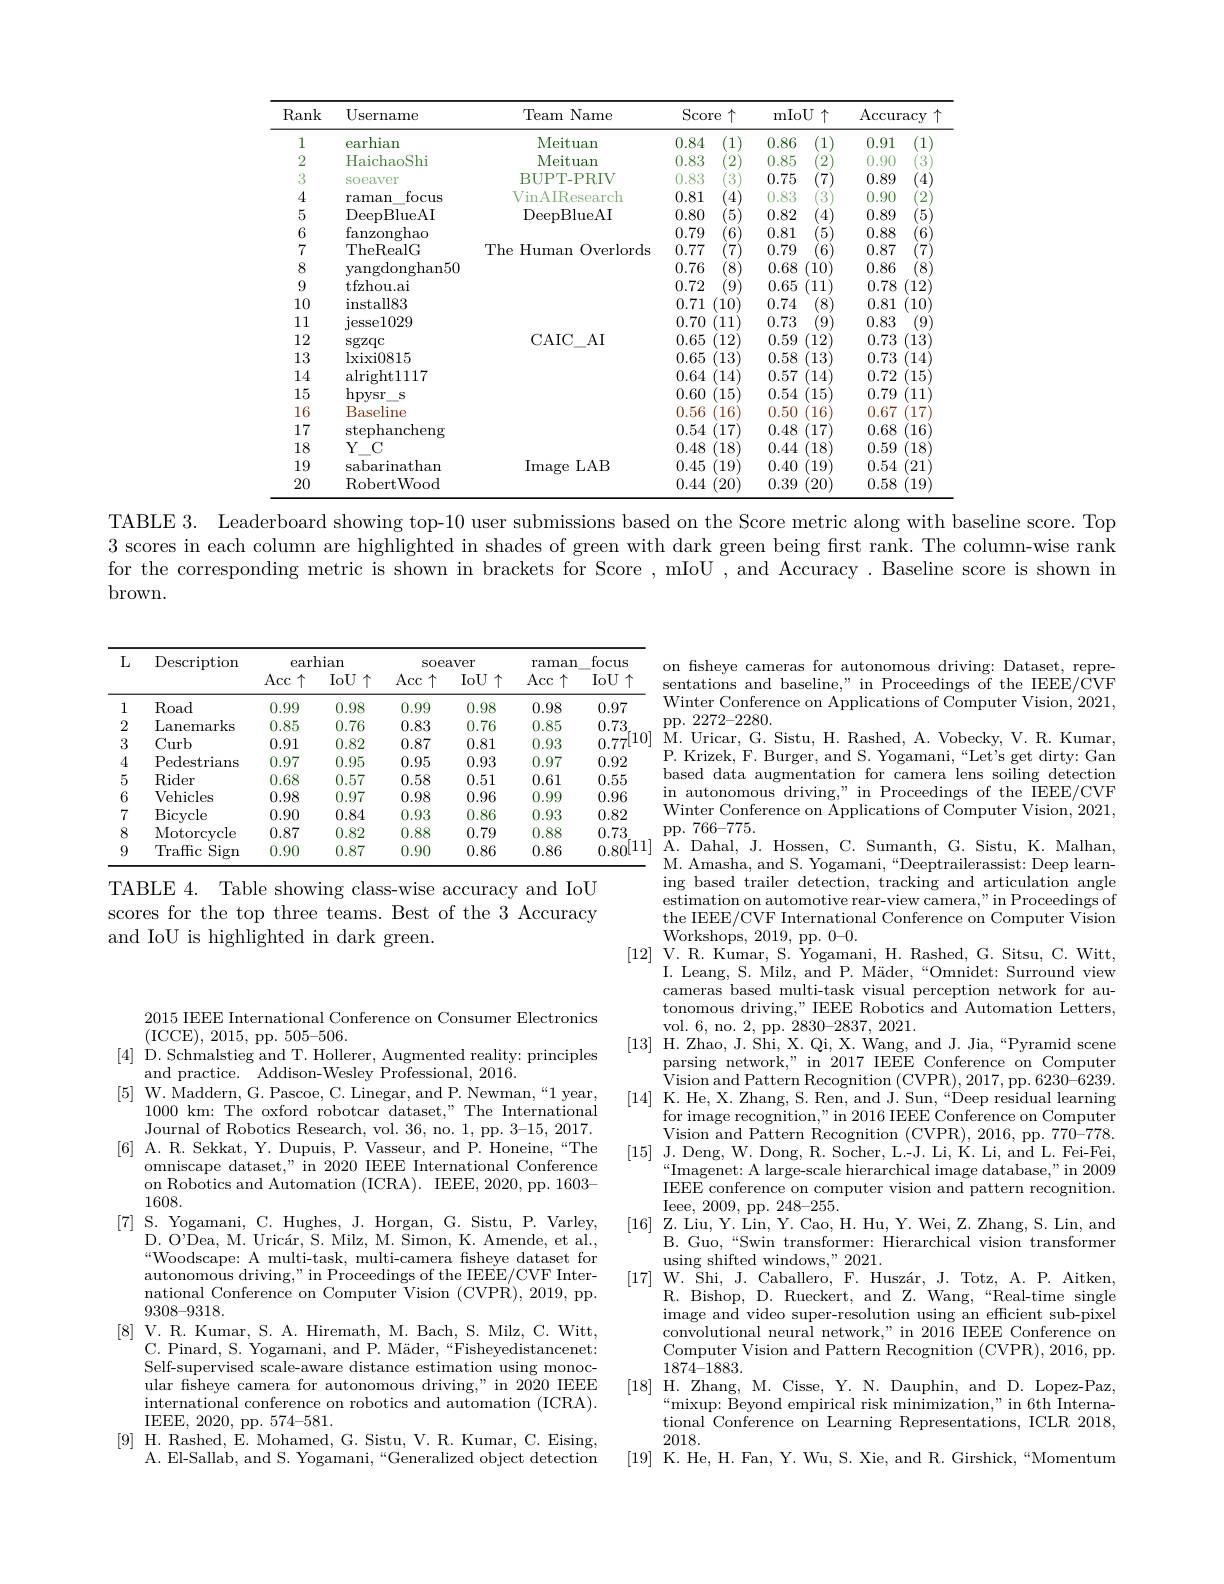
<table>
	<tbody>
		<tr>
			<th rowspan="2">Rank 1</th>
			<th rowspan="2">Username earhian</th>
			<th rowspan="2">${\mathrm{Name}}$ Team Meituan</th>
			<th>$\operatorname{Score}$ $\uparrow$</th>
			<th> </th>
			<th rowspan="1">mIoU $\uparrow$</th>
			<th colspan="2">$\operatorname{Accuracy}$</th>
		</tr>
		<tr>
			<th>0.84 (1</th>
			<th>0</th>
			<th>;6 1</th>
			<th>0.91</th>
			<th>1 </th>
		</tr>
		<tr>
			<td>2</td>
			<td>HaichaoShi</td>
			<td>Meituan</td>
			<td>0.83 2</td>
			<td> 1</td>
			<td>35 2</td>
			<td>0.90</td>
			<td>3</td>
		</tr>
		<tr>
			<td>3</td>
			<td>SOeaver</td>
			<td>BUPT-PRIV</td>
			<td>0.83 3</td>
			<td>0</td>
			<td>$'5$</td>
			<td>0.89</td>
			<td>$^{\prime}4$</td>
		</tr>
		<tr>
			<td>4</td>
			<td>focus raman</td>
			<td>VinAIResearch</td>
			<td>0.81 4</td>
			<td>0</td>
			<td>33 3</td>
			<td>0.90</td>
			<td>2</td>
		</tr>
		<tr>
			<td>5</td>
			<td>DeepBlueAI</td>
			<td>DeepBlueAI</td>
			<td>0.80 5</td>
			<td>0</td>
			<td>4 ;2</td>
			<td>0.89</td>
			<td></td>
		</tr>
		<tr>
			<td></td>
			<td>fanzonghao</td>
			<td> </td>
			<td>0.79 </td>
			<td> </td>
			<td>;1</td>
			<td>0.88</td>
			<td>6</td>
		</tr>
		<tr>
			<td>7</td>
			<td>TheRealG</td>
			<td>The Overlords eHuman</td>
			<td>0.77 </td>
			<td>0</td>
			<td>$'9$</td>
			<td>0.87</td>
			<td>7</td>
		</tr>
		<tr>
			<td>8</td>
			<td>vangdonghan50</td>
			<td> </td>
			<td>0.76 8</td>
			<td> </td>
			<td>$10^{\prime}$ $i8$</td>
			<td>0.86</td>
			<td>8</td>
		</tr>
		<tr>
			<td>9</td>
			<td>tfzhou.ai</td>
			<td> </td>
			<td>0.72 9</td>
			<td> </td>
			<td>$j5$ 11</td>
			<td>0.78</td>
			<td>$12^{\cdot}$</td>
		</tr>
		<tr>
			<td>10</td>
			<td>install83</td>
			<td> </td>
			<td>0.71 (10</td>
			<td>0</td>
			<td>$\dot{4}$ $\aleph$</td>
			<td>0.81</td>
			<td>$10^{\cdot}$</td>
		</tr>
		<tr>
			<td>11</td>
			<td>iesse1029</td>
			<td> </td>
			<td>0.70 11</td>
			<td>0</td>
			<td>$'3$</td>
			<td>0.83</td>
			<td>9</td>
		</tr>
		<tr>
			<td>12</td>
			<td>$\operatorname{sgzqc}$</td>
			<td>$AI$ CAIC</td>
			<td>0.65 $^{\prime}12$</td>
			<td> </td>
			<td>12 $j9$</td>
			<td>0.73</td>
			<td>$13^{\prime}$</td>
		</tr>
		<tr>
			<td>13</td>
			<td>lxixi0815</td>
			<td> </td>
			<td>0.65 13</td>
			<td></td>
			<td>13 $i8$</td>
			<td>0.73</td>
			<td>14</td>
		</tr>
		<tr>
			<td>14</td>
			<td>alright117</td>
			<td> </td>
			<td>$^{\prime}14$ 0.64</td>
			<td> </td>
			<td>$j7$ 14</td>
			<td>0.72</td>
			<td>15</td>
		</tr>
		<tr>
			<td>15</td>
			<td>hpysr S</td>
			<td> </td>
			<td>0.60 15</td>
			<td></td>
			<td>15 $j4$</td>
			<td>0.79</td>
			<td>$11^{\prime}$</td>
		</tr>
		<tr>
			<td>16</td>
			<td>Baseline</td>
			<td> </td>
			<td>0.56 16</td>
			<td></td>
			<td>16 $j0$</td>
			<td>0.67</td>
			<td>17</td>
		</tr>
		<tr>
			<td>17</td>
			<td>stephancheng</td>
			<td> </td>
			<td>0.54 $^{\prime}17$</td>
			<td></td>
			<td>18 17</td>
			<td>0.68</td>
			<td>$16^{\prime}$</td>
		</tr>
		<tr>
			<td>18</td>
			<td>$Y$ $C$</td>
			<td> </td>
			<td>0.48 18</td>
			<td> </td>
			<td>[4 18</td>
			<td>0.59</td>
			<td>$18^{\cdot}$</td>
		</tr>
		<tr>
			<td>19</td>
			<td>sabarinathan</td>
			<td>Image LAB</td>
			<td>0.45 19</td>
			<td></td>
			<td>19 [0</td>
			<td>0.54</td>
			<td>21</td>
		</tr>
		<tr>
			<td>20</td>
			<td>RobertWood</td>
			<td> </td>
			<td>0.44 20</td>
			<td> </td>
			<td>39 20</td>
			<td>0.58</td>
			<td>19</td>
		</tr>
	</tbody>
</table>

TABLE 3. Leaderboard showing top-10 user submissions based on the Score metric along with baseline score. Top 3 scores in each column are highlighted in shades of green with dark green being first rank. The column-wise rank for the corresponding metric is shown in brackets for Score , mIoU , and Accuracy. Baseline score is shown in brown.

<table>
	<tbody>
		<tr>
			<th rowspan="2">$L$</th>
			<th rowspan="2">Description</th>
			<th colspan="2">earhian</th>
			<th colspan="2">SOeaver</th>
			<th rowspan="2">raman Acc $\uparrow$</th>
			<th rowspan="2">focus IoU 11</th>
		</tr>
		<tr>
			<th>Acc 个</th>
			<th>$IoU\uparrow$</th>
			<th>Acc 千 ·</th>
			<th>$IoU\uparrow$</th>
		</tr>
		<tr>
			<td>1</td>
			<td>Road</td>
			<td>0.99</td>
			<td>0.98</td>
			<td>0.99</td>
			<td>0.98</td>
			<td>0.98</td>
			<td>0.97</td>
		</tr>
		<tr>
			<td>2</td>
			<td>Lanemarks</td>
			<td>0.85</td>
			<td>0.76</td>
			<td>0.83</td>
			<td>0.76</td>
			<td>0.85</td>
			<td>0.73.</td>
		</tr>
		<tr>
			<td>3</td>
			<td>Curb</td>
			<td>0.91</td>
			<td>0.82</td>
			<td>0.87</td>
			<td>0.81</td>
			<td>0.93</td>
			<td>$0.77^{[}$</td>
		</tr>
		<tr>
			<td>4</td>
			<td>Pedestrians</td>
			<td>0.97</td>
			<td>0.95</td>
			<td>0.95</td>
			<td>0.93</td>
			<td>0.97</td>
			<td>0.92</td>
		</tr>
		<tr>
			<td>5</td>
			<td>Rider</td>
			<td>0.68</td>
			<td>0.57</td>
			<td>0.58</td>
			<td>0.51</td>
			<td>0.61</td>
			<td>0.55</td>
		</tr>
		<tr>
			<td>6</td>
			<td>Vehicles</td>
			<td>0.98</td>
			<td>0.97</td>
			<td>0.98</td>
			<td>0.96</td>
			<td>0.99</td>
			<td>0.96</td>
		</tr>
		<tr>
			<td>7</td>
			<td>Bicycle</td>
			<td>0.90</td>
			<td>0.84</td>
			<td>0.93</td>
			<td>0.86</td>
			<td>0.93</td>
			<td>0.82</td>
		</tr>
		<tr>
			<td>8</td>
			<td>Motorcycle</td>
			<td>0.87</td>
			<td>0.82</td>
			<td>0.88</td>
			<td>0.79</td>
			<td>0.88</td>
			<td>0.73</td>
		</tr>
		<tr>
			<td>9</td>
			<td>Traffic Sign</td>
			<td>0.90</td>
			<td>0.87</td>
			<td>0.90</td>
			<td>0.86</td>
			<td>0.86</td>
			<td>0.80</td>
		</tr>
	</tbody>
</table>

TABLE 4. Table showing class-wise accuracy and IoU scores for the top three teams. Best of the 3 Accuracy and IoU is highlighted in dark green.

2015 IEEE International Conf
(ICCE),2015,pp.505-506.
[4] D. Schmalstieg and T. Hollerer, Augmented reality: principles
and practice. Addison-Wesley
[5] W. Maddern, G. Pascoe, C. Linegar, and P. Newman,“1 year,
1000 km: The oxford robotc Journal of Robotics Research, vol. 36, no. 1, pp. 3-15, 2017.
[6] A. R. Sekkat, Y. Dupui
omniscape dataset," in 2020 IEEE International Conference on Robotics and Automation ( 1608.
[7] S. Yogamani, C. Hughes
D. O'Dea, M. Uricár, S. Milz, M. Simon, K. Amende, et al., Woodscape: A multi-task, mul $\dot{\text{autonomous driving," in Proceedings of the IEEE/CVF Inter-}}$ national Conference on Compu $9308–9318.$
[8] V. R. Kumar, S. A. Hir
C. Pinard, S. Yogamani, and Self-supervised scale-aware ular fisheye camera for auto international conference on IEEE, 2020, pp. 574-581.
[9] H. Rashed, E. Mohamed,
A. El-Sallab, and S. Yogaman

on fisheye cameras for auton sentations and baseline," in Winter Conference on Applica pp. 2272- 2280.
M. Uricar, G. Sistu, H. Rashed, A. Vobecky, V. R. Kumar, P. Krizek, F. Burger, and S. Yogamani,“Let's get dirty: Gan based data augmentation for in autonomous driving," in Proceedings of the IEEE/CVF Winter Conference on Applica pp. 766- 775.
[ ] ${\mathrm{A. ~Dahal, ~J. ~Hossen, ~C. ~Sumanth, ~G. ~Sistu, ~K. ~Malhan, }}$ M. Amasha, and S. Yogamani,“ ing based trailer detection, tracking and articulation angle estimation on automotive rea the IEEE/CVF International Conference on Computer Vision $\mathop{\mathrm{Workshops,~2019,~pp.~0-0.}}$
[12] V. R. Kumar, S. Yogam
I. Leang, S. Milz, and P. Mäder,“Omnidet: Surround view cameras based multi-task vis tonomous driving," IEEE Robotics and Automation Letters, vol. 6, no. 2, pp. 2830-2837
[13] H.Zhao, J. Shi, X. Qi, X. Wang, and J. Jia,“Pyramid scene
parsing network," in 2017 IE Vision and Pattern Recognition (CVPR), 2017, pp. 6230-6239
[14] K. He, X. Zhang, S. Ren, and J. Sun,“Deep residual learning
for image recognition," in 2016 IEEE Conference on Computer Vision and Pattern Recogniti
[15] J. Deng, W. Dong, R. Socher, L.-J. Li, K. Li, and L. Fei-Fei,
$“$Imagenet: A large- scale hierarchical image database, " in 2009 TFFF c $\begin{array}{c}{\mathrm{IEEE~conference~on~computer~vision~and~pattern~recognition.}}\\{\mathrm{IEEE~conference~on~computer~vision~and~pattern~recognition.}}\end{array}$ $\begin{array}{l}{\mathrm{Ieee,~2009,~pp.~248-255.}}\\{\mathrm{T.~T.~V.~V.~V.~V.~V.~V.~}}\end{array}$
[16] Z. Liu, Y. Lin, Y. Cao, H. Hu, Y. Wei, Z. Zhang, S. Lin, and
B. Guo,“Swin transformer: Hierarchical vision transformer
using shifted windows," 2021.
[17]W. Šhi, J. Caballero, F. Huszár, J. Totz, A. P. Aitken,
R. Bishop, D. Rueckert, and Z. Wang,“Real-time single $\begin{array}{c}\mathrm{image~and~video~super-resolution~using~an~efficient~sub-pixel}\\\mathrm{image~and~video~super-resolution~using~an~efficient~sub-pixel}\end{array}$ convolutional neural network," in 2016 IEEE Conference on Computer Vision and Pattern Recognition (CVPR), 2016, pp. 1874-1883.
[18]H.Zhang,M.Cisse,Y.N.Dauphin,andD.Lopez-Paz,
$\operatorname*{“}\underset{{\mathrm{mixup:~Beyond~empirical~risk~minimization,~"~in~6th~Interna-}}}$ tional Conference on Learning Representations, ICLR 2018, 2018.
[19] K. He, H. Fan, Y. Wu, S. Xie, and R. Girshick,“Momentum